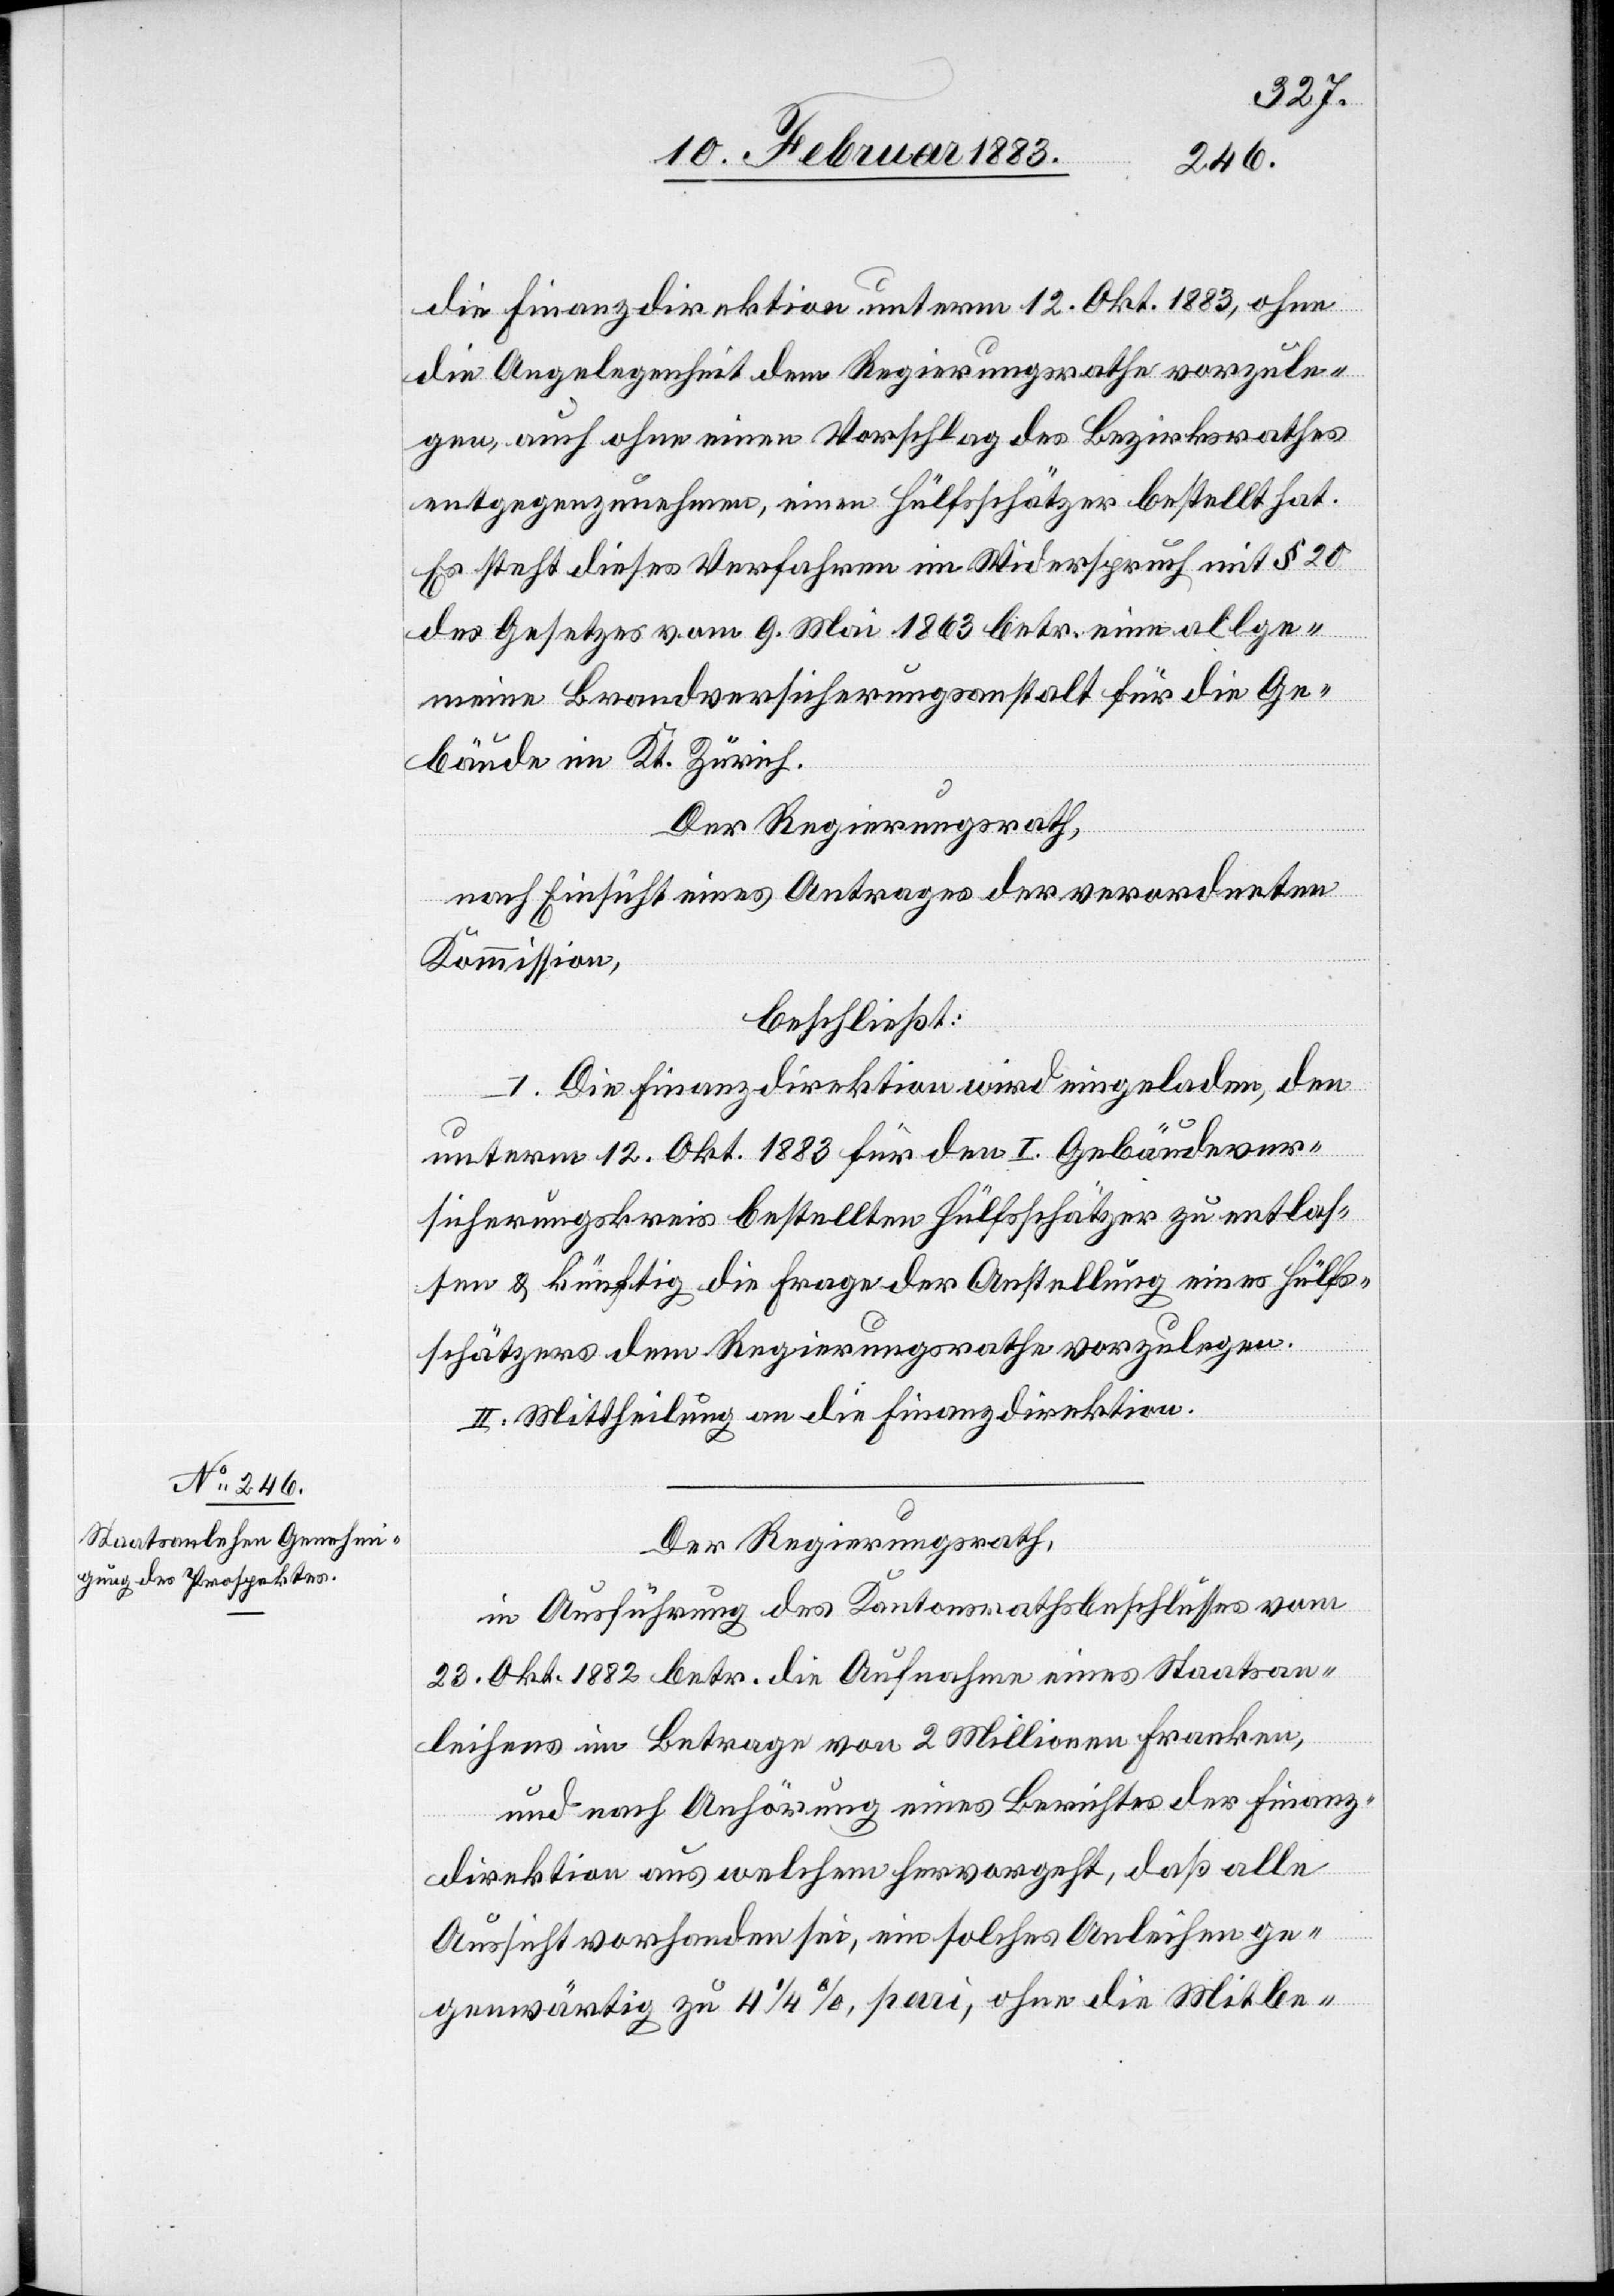
die Finanzdirektion unterm 12. Okt. 1883, ohne
die Angelegenheit dem Regierungsrathe vorzule¬
gen, auch ohne einen Vorschlag des Bezirksrathes
entgegenzunehmen, einen Hülfsschätzer bestellt hat.
Es steht dieses Verfahren im Widerspruch mit § 20
des Gesetzes vom 9. Mai 1863 betr. eine allge¬
meine Brandversicherungsanstalt für die Ge¬
bäude im Kt. Zürich.
Der Regierungsrath,
nach Einsicht eines Antrages der verordneten
Kommission,
beschließt:
I. Die Finanzdirektion wird eingeladen, den
unterm 12. Okt. 1883 für den I. Gebäudever¬
sicherungskreis bestellten Hülfsschätzer zu entlas¬
sen & künftig die Frage der Anstellung eines Hülfs¬
schätzers dem Regierungsrathe vorzulegen.
II. Mittheilung an die Finanzdirektion.
Der Regierungsrath,
in Ausführung des Kantonsrathsbeschlusses vom
23. Okt. 1882 betr. die Aufnahme eines Staatsan¬
leihens im Betrage von 2 Millionen Franken,
und nach Anhörung eines Berichtes der Finanz¬
direktion aus welchem hervorgeht, daß alle
Aussicht vorhanden ist, ein solches Anleihen ge¬
genwärtig zu 4 1/4%, pari, ohne die Mitbe-